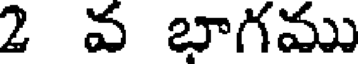
2 వ బాగము